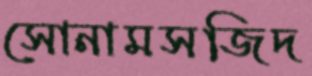
সোনামসজিদ